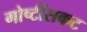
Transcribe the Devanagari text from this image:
गोष्टींसकट